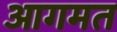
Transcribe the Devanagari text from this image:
आगमत